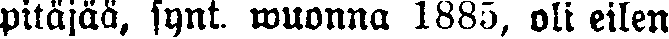
pitäjää, fynt. wuonna 1885, oli eilen